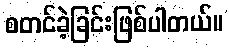
စတင်ခဲ့ခြင်းဖြစ်ပါတယ်။